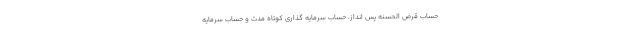
حساب قرض الحسنه پس انداز، حساب سرمایه گذاری کوتاه مدت و حساب سرمایه